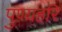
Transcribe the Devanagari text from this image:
पुण्यहरि